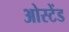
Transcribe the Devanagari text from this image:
ओस्टेंड